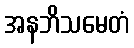
အနဘိသမေတံ